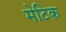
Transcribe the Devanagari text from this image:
मेटिक